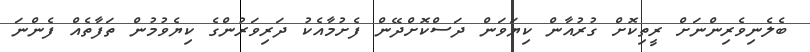
ބެލެނިވެރިންނަށް ރީތިކޮށް ގުރުއާން ކިޔަވަން ދަސްކޮށްދޭން ފެށުމާއެކު ދަރިވަރުންގެ ކިޔެވުމުން ތަފާތެއް ފެންނަ